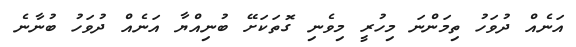
އަނެއް ދުވަހު ތިމަންނަ މިހުރީ މިވެނި ގޮތަކަށޭ ބުނިއްޔާ އަނެއް ދުވަހު ބުނާނެ